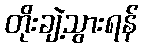
တိုးချဲ့သွားရန်